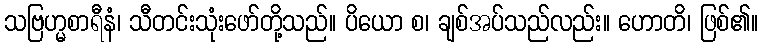
သဗြဟ္မစာရီနံ၊ သီတင်းသုံးဖော်တို့သည်။ ပိယော စ၊ ချစ်အပ်သည်လည်း။ ဟောတိ၊ ဖြစ်၏။